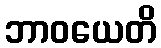
ဘာဝယေတိ